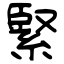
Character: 緊